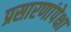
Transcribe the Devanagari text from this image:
प्रसारणांपेक्षा